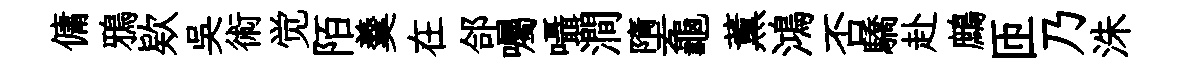
傭鴉欵吳術觉陌羹在郃囑囁澗墮龜薫鴻否驕赴鷓匝乃洙